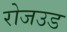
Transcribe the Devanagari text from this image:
रोजउड